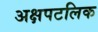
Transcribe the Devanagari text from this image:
अक्षपटलिक